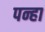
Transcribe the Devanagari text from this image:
पन्हा